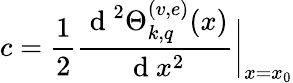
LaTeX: c=\frac{1}{2}\frac{\mathrm{~d~}^{2}\Theta_{k,q}^{(v,e)}(x)}{\mathrm{~d~}x^{2}}\bigg|_{x=x_{0}}